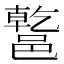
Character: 𨝝